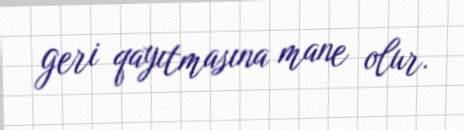
geri qayıtmasına mane olur.